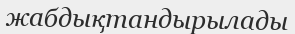
жабдықтандырылады